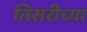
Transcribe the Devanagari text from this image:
तिसरीच्या